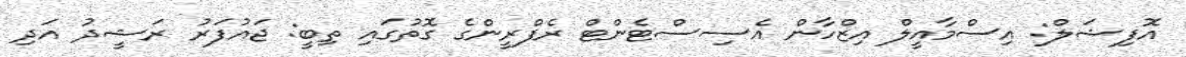
އޮފިޝަލް: އިސްމާއީލް އިޒްހާން އެސިސްޓެންޓް ރެފްރީންގެ ގޮތުގައި ތިބީ: ޖައުފަރު ރަޝީދު އަދި